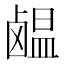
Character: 𫜊